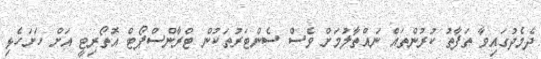
ދެމެދުގައިވާ ތަފާތު ކުރުންތައް ނައްތާލުމަށް ވެސް ސެންޓަރުތަކުން ޓްރާންސްޕޯޓް އޮތޯރިޓީ އަށް ހަށަހެޅި